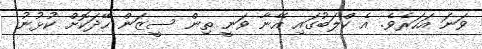
ވަނަ އަހަރެވެ. އެ ކްލަބުގައި އޭނާ ވަނީ ތިން ސީޒަން ހޭދަކޮށް ކުޅުނު